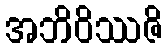
အဘိဝိဿဇိ